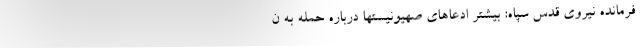
فرمانده نیروی قدس سپاه: بیشتر ادعاهای صهیونیستها درباره حمله به ن